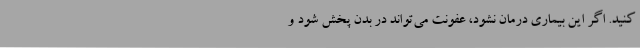
کنید. اگر این بیماری درمان نشود، عفونت می‌تواند در بدن پخش شود و